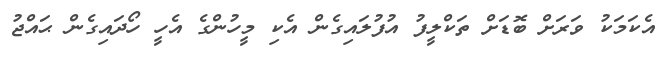
އެކަމަކު ވަރަށް ބޮޑަށް ތަކްލީފު އުފުލައިގެން އެކި މީހުންގެ އެހީ ހޯދައިގެން ޙައްޖު